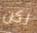
لكن